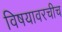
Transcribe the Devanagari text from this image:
विषयावरचीच